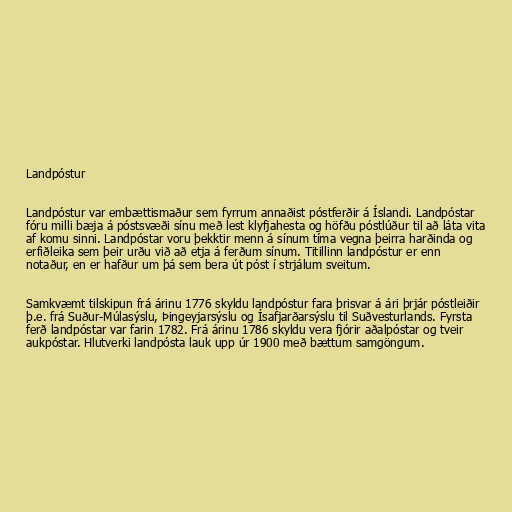
Landpóstur

Landpóstur var embættismaður sem fyrrum annaðist póstferðir á Íslandi. Landpóstar
fóru milli bæja á póstsvæði sínu með lest klyfjahesta og höfðu póstlúður til að láta vita
af komu sinni. Landpóstar voru þekktir menn á sínum tíma vegna þeirra harðinda og
erfiðleika sem þeir urðu við að etja á ferðum sínum. Titillinn landpóstur er enn
notaður, en er hafður um þá sem bera út póst í strjálum sveitum.

Samkvæmt tilskipun frá árinu 1776 skyldu landpóstur fara þrisvar á ári þrjár póstleiðir
þ.e. frá Suður-Múlasýslu, Þingeyjarsýslu og Ísafjarðarsýslu til Suðvesturlands. Fyrsta
ferð landpóstar var farin 1782. Frá árinu 1786 skyldu vera fjórir aðalpóstar og tveir
aukpóstar. Hlutverki landpósta lauk upp úr 1900 með bættum samgöngum.